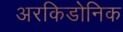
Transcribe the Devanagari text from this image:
अरकिडोनिक